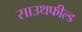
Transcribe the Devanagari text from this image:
साउथफील्ड